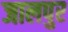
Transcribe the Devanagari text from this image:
जालपुर